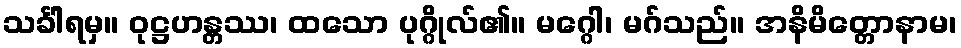
သင်္ခါရမှ။ ဝုဋ္ဌဟန္တဿ၊ ထသော ပုဂ္ဂိုလ်၏။ မဂ္ဂေါ၊ မဂ်သည်။ အနိမိတ္တောနာမ၊